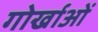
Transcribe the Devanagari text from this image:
गोर्खाओं